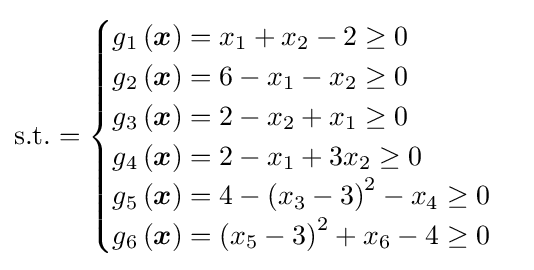
{\text{s.t.}}={\begin{cases}g_{1}\left({\boldsymbol {x}}\right)=x_{1}+x_{2}-2\geq 0\\g_{2}\left({\boldsymbol {x}}\right)=6-x_{1}-x_{2}\geq 0\\g_{3}\left({\boldsymbol {x}}\right)=2-x_{2}+x_{1}\geq 0\\g_{4}\left({\boldsymbol {x}}\right)=2-x_{1}+3x_{2}\geq 0\\g_{5}\left({\boldsymbol {x}}\right)=4-\left(x_{3}-3\right)^{2}-x_{4}\geq 0\\g_{6}\left({\boldsymbol {x}}\right)=\left(x_{5}-3\right)^{2}+x_{6}-4\geq 0\end{cases}}